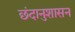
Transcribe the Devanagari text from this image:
छंदानुशासन